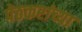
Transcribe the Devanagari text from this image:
पेठकरांच्या